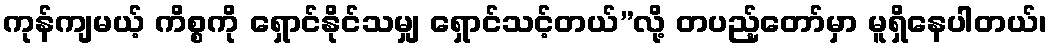
ကုန်ကျမယ့် ကိစ္စကို ရှောင်နိုင်သမျှ ရှောင်သင့်တယ်”လို့ တပည့်တော်မှာ မူရှိနေပါတယ်၊